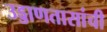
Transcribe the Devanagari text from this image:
उड्डाणतासांची